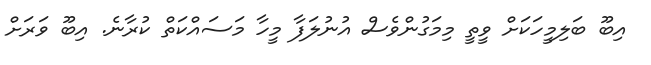
އިބޫ ބަލިމީހަކަށް ވީތީ މިމަގުންވެސް އުނުލަފާ މީހާ މަސައްކަތް ކުރާނެ. އިބޫ ވަރަަށް